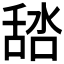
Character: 𦧞